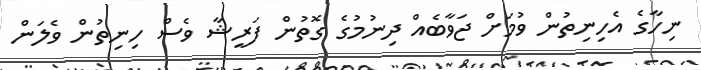
ނިހާގެ އެހިނިތުން ވުމަށް ޖަވާބެއް ދިނުމުގެ ގޮތުން ފަރީޝާ ވެސް ހިނިތުން ވެލަން